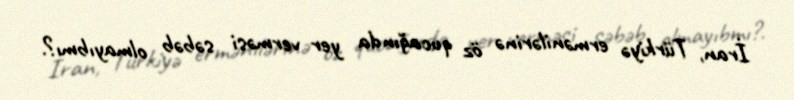
İran, Türkiyə ermənilərinə öz qucağında yer verməsi səbəb olmayıbmı?.